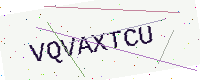
Text: VQVAXTCU